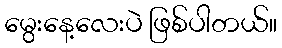
မွေးနေ့လေးပဲ ဖြစ်ပါတယ်။